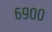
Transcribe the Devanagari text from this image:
६९००